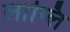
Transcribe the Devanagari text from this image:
लाग्लि